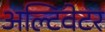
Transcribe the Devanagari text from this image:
अल्टिवेटर